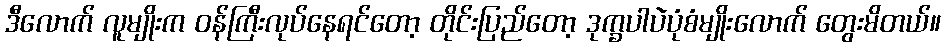
ဒီလောက် လူမျိုးက ဝန်ကြီးလုပ်နေရင်တော့ တိုင်းပြည်တော့ ဒုက္ခပါပဲပုံစံမျိုးလောက် တွေးမိတယ်။